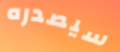
سيصدره